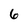
Character: 6